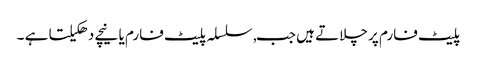
پلیٹ فارم پر چلاتے ہیں جب, سلسلہ پلیٹ فارم یا نیچے دھکیلتا ہے ۔